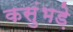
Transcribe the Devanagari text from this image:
कसुंभड़े